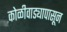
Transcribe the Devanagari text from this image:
कोळीवाड्यापासून